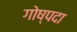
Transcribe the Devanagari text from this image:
गोष्पदा